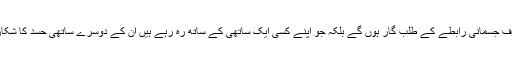
' وہ نہ صرف جسمانی رابطے کے طلب گار ہوں گے بلکہ جو اپنے کسی ایک ساتھی کے ساتھ رہ رہے ہیں ان کے دوسرے ساتھی حسد کا شکار ہوں گے۔